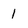
Character: 1